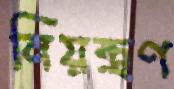
নিয়ন্ত্রণ